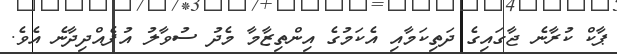
ޕާކް ކުރާނެ ޖާގައިގެ ދަތިކަމާއި އެކަމުގެ އިންތިޒާމާ މެދު ސުވާލު އުފެއްދިދާނެ އެވެ.